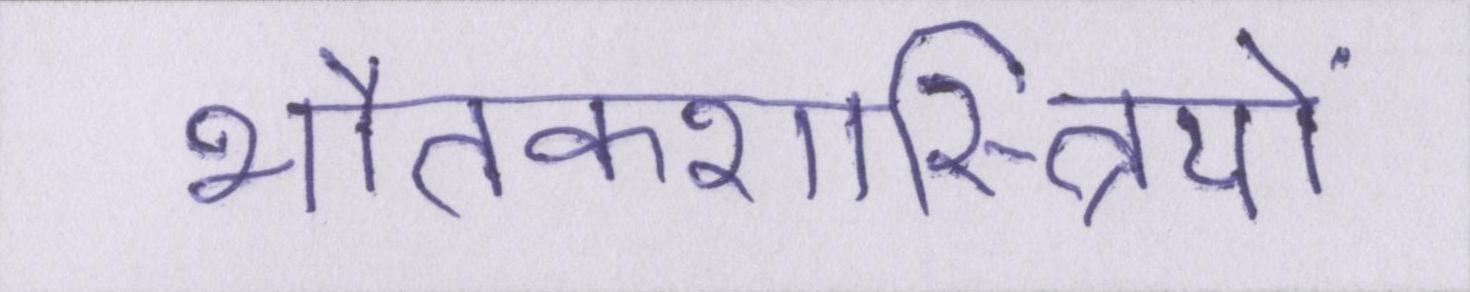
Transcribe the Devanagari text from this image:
भौतकशास्त्रियों